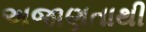
અજાણતાથી